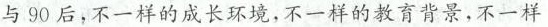
与90后，不一样的成长环境，不一样的教育背景，不一样